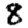
Digit: 8